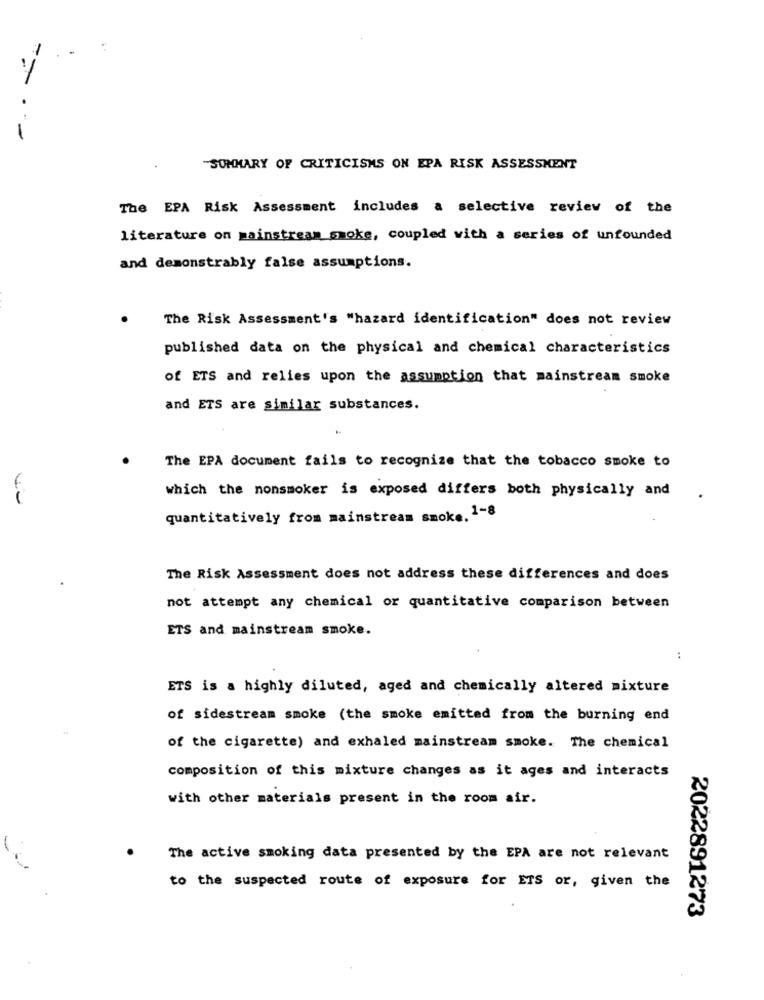
1
"SUMMARY OF CRITICISMS ON EPA RISK ASSESSMENT
The EPA Risk Assessment includes a selective review of the
literature on mainstream smoke, coupled with a series of unfounded
and demonstrably false assumptions.
The Risk Assessment's "hazard identification" does not review
published data on the physical and chemical characteristics
of ETS and relies upon the assumption that mainstream smoke
and ETS are similar substances.
The EPA document fails to recognize that the tobacco smoke to
which the nonsmoker is exposed differs both physically and
quantitatively from mainstream smoke. 1-8
The Risk Assessment does not address these differences and does
not attempt any chemical or quantitative comparison between
ETS and mainstream smoke.
:
ETS is a highly diluted, aged and chemically altered mixture
of sidestream smoke (the smoke emitted from the burning end
of the cigarette) and exhaled mainstream smoke. The chemical
composition of this mixture changes as it ages and interacts
with other materials present in the room air.
The active smoking data presented by the EPA are not relevant
to the suspected route of exposure for ETS or, given the
2022891273
.